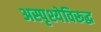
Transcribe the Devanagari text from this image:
अस्पृश्येविरूद्ध